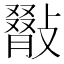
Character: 𢿺